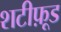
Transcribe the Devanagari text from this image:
शटीफ़ूड